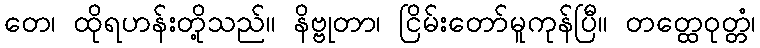
တေ၊ ထိုရဟန်းတို့သည်။ နိဗ္ဗုတာ၊ ငြိမ်းတော်မူကုန်ပြီ။ တတ္ထေဝုတ္တံ၊